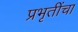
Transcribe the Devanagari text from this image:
प्रभृतींचा